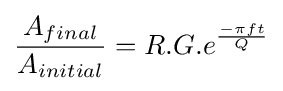
{\frac {A_{final}}{A_{initial}}}=R.G.e^{\frac {-{\pi }ft}{Q}}